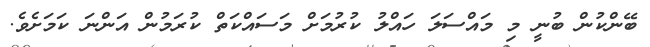
ބޭންކުން ބުނީ މި މަައްސަލަ ހައްލު ކުރުމަށް މަސައްކަތް ކުރަމުން އަންނަ ކަމަށެވެ.